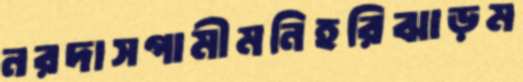
নরদাসগামীমনিহরিঝাড়ম